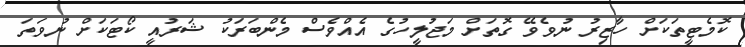
ކޮމެޓީތަކަށް ހާޒިރު ނުވެވޭ ގޮތަށް މަޖުލީހުގެ އެއްވެސް މެންބަރަކު ޝަރުއީ ކޯޓަކަށް ނުވަތަ